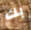
بك